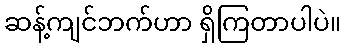
ဆန့်ကျင်ဘက်ဟာ ရှိကြတာပါပဲ။